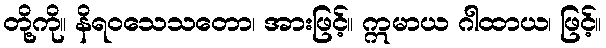
တို့ကို။ နိရဝသေသတော၊ အားဖြင့်။ ဣမာယ ဂါထာယ၊ ဖြင့်။